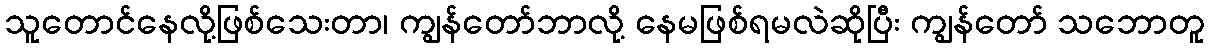
သူတောင်နေလို့ဖြစ်သေးတာ၊ ကျွန်တော်ဘာလို့ နေမဖြစ်ရမလဲဆိုပြီး ကျွန်တော် သဘောတူ